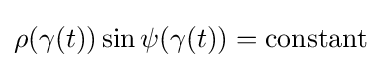
\rho (\gamma (t))\sin \psi (\gamma (t))={\text{constant}}